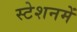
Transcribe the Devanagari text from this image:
स्टेशनमें